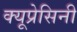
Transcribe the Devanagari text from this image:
क्यूप्रेसिनी